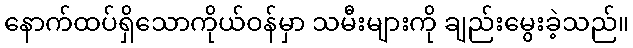
နောက်ထပ်ရှိသောကိုယ်ဝန်မှာ သမီးများကို ချည်းမွေးခဲ့သည်။